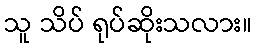
သူ သိပ် ရုပ်ဆိုးသလား။